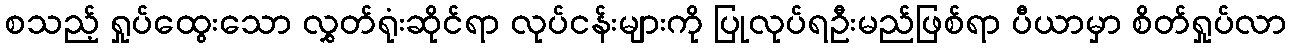
စသည့် ရှုပ်ထွေးသော လွှတ်ရုံးဆိုင်ရာ လုပ်ငန်းများကို ပြုလုပ်ရဦးမည်ဖြစ်ရာ ပီယာမှာ စိတ်ရှုပ်လာ